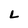
Character: L